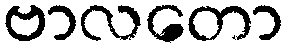
ဗာလတော